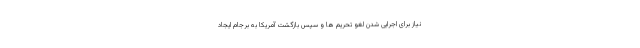
نیاز برای اجرایی شدن لغو تحریم ها و سپس بازگشت آمریکا به برجام ایجاد